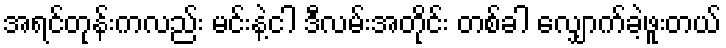
အရင်တုန်းကလည်း မင်းနဲ့ငါ ဒီလမ်းအတိုင်း တစ်ခါ လျှောက်ခဲ့ဖူးတယ်